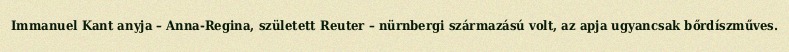
Immanuel Kant anyja – Anna-Regina, született Reuter – nürnbergi származású volt, az apja ugyancsak bőrdíszműves.